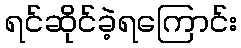
ရင်ဆိုင်ခဲ့ရကြောင်း